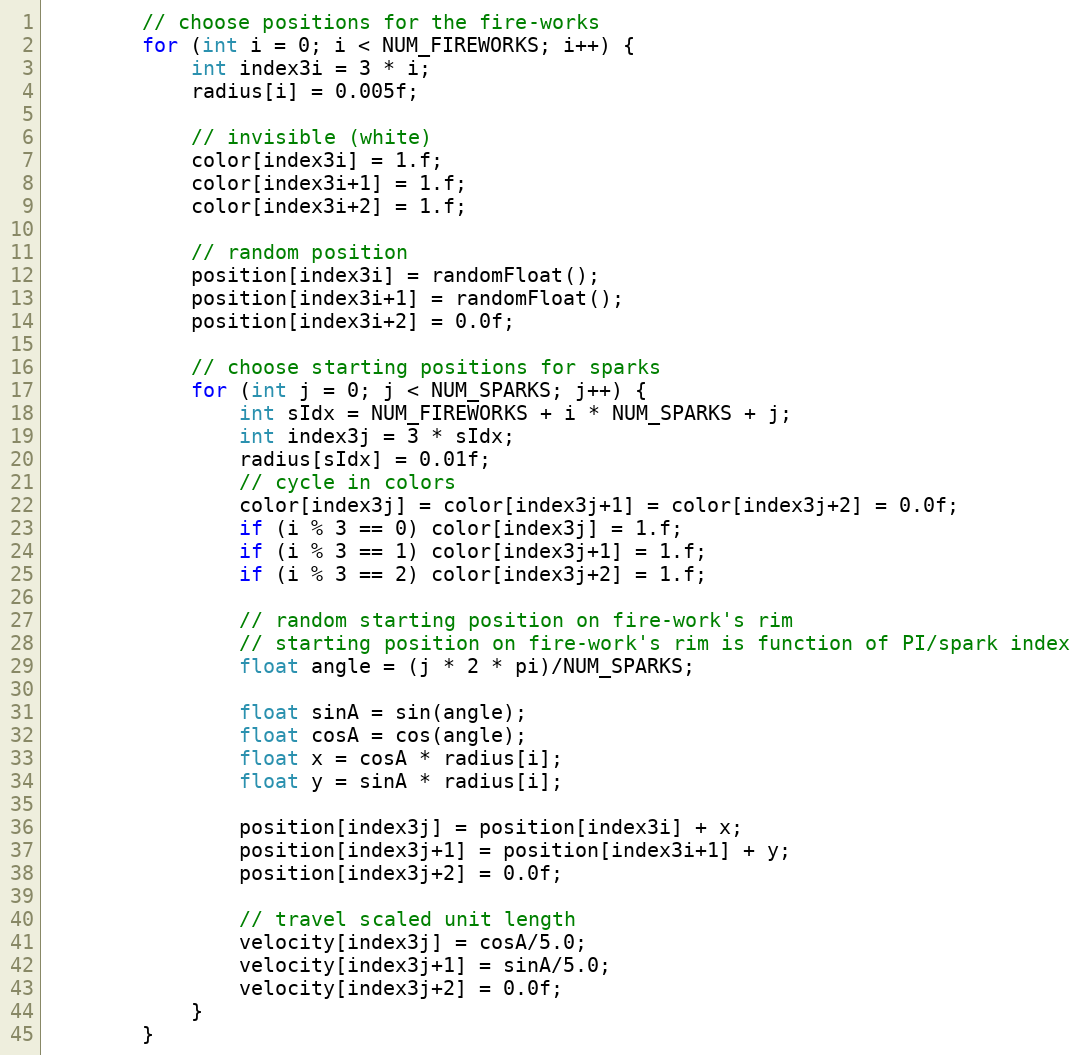
Language: C++
        // choose positions for the fire-works
        for (int i = 0; i < NUM_FIREWORKS; i++) {
            int index3i = 3 * i;
            radius[i] = 0.005f;

            // invisible (white)
            color[index3i] = 1.f;
            color[index3i+1] = 1.f;
            color[index3i+2] = 1.f;

            // random position
            position[index3i] = randomFloat();
            position[index3i+1] = randomFloat();
            position[index3i+2] = 0.0f;

            // choose starting positions for sparks
            for (int j = 0; j < NUM_SPARKS; j++) {
                int sIdx = NUM_FIREWORKS + i * NUM_SPARKS + j;
                int index3j = 3 * sIdx;
                radius[sIdx] = 0.01f;
                // cycle in colors
                color[index3j] = color[index3j+1] = color[index3j+2] = 0.0f;
                if (i % 3 == 0) color[index3j] = 1.f;
                if (i % 3 == 1) color[index3j+1] = 1.f;
                if (i % 3 == 2) color[index3j+2] = 1.f;

                // random starting position on fire-work's rim
                // starting position on fire-work's rim is function of PI/spark index
                float angle = (j * 2 * pi)/NUM_SPARKS;

                float sinA = sin(angle);
                float cosA = cos(angle);
                float x = cosA * radius[i];
                float y = sinA * radius[i];

                position[index3j] = position[index3i] + x;
                position[index3j+1] = position[index3i+1] + y;
                position[index3j+2] = 0.0f;

                // travel scaled unit length
                velocity[index3j] = cosA/5.0;
                velocity[index3j+1] = sinA/5.0;
                velocity[index3j+2] = 0.0f;
            }
        }